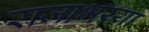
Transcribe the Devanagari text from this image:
राजाभय्या